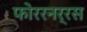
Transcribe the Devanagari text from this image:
फोररनर्रस